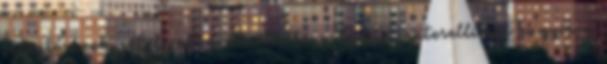
jelentésének vétele után utasította a budai mütesellimet vagyis a